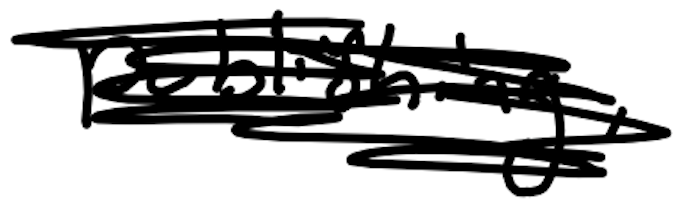
Text: Publishing,
Cross-out: scratch
Writing tool: digital_black